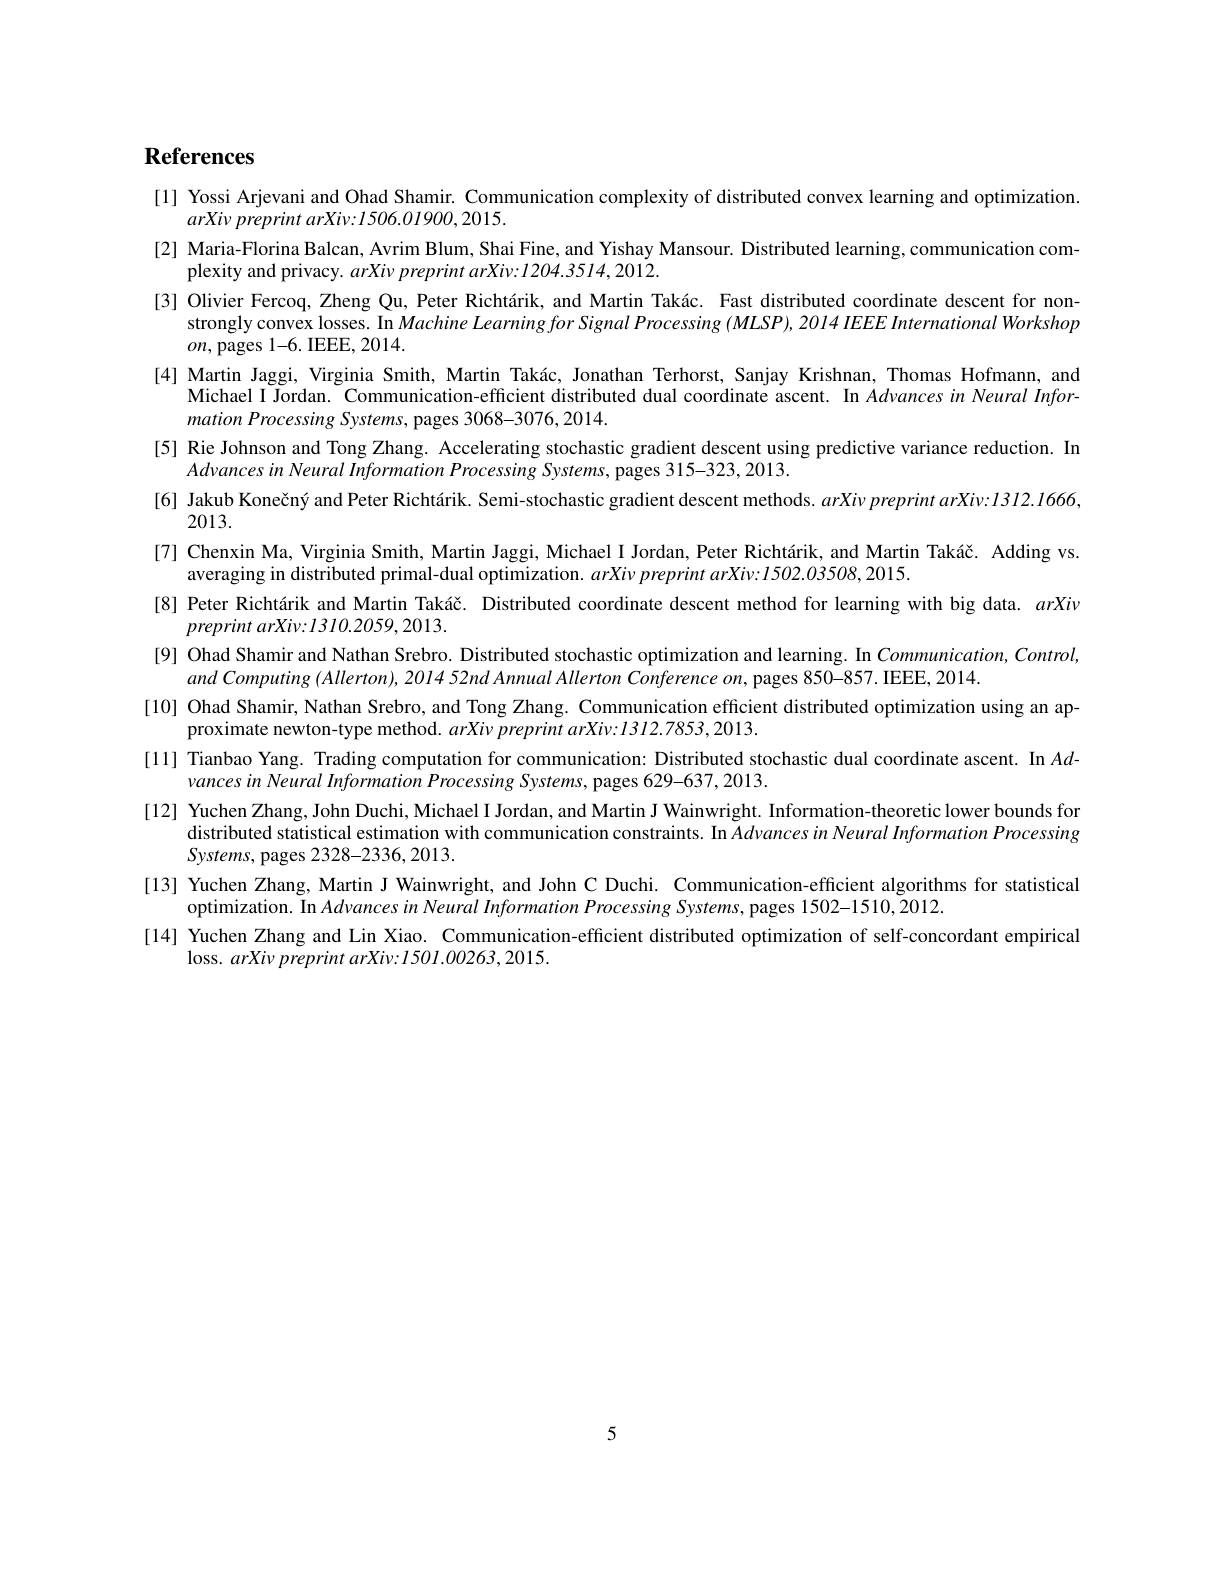
# References

[1] Yossi Arjevani and Ohad Shamir. Communication complexity of distributed convex learning and optimization.
$arXivpreprintarXiv:1506.01900,2015.$
[2] Maria-Florina Balcan, Avrim Blum, Shai Fine, and Yishay Mansour. Distributed learning, communication com-
plexity and privacy. $arXi\nu \textit{ preprint arXiv: 1204. 3514, 2012. }$
[3] Olivier Fercoq, Zheng Qu, Peter Richtárik, and Martin Takác. Fast distributed coordinate descent for non-
strongly convex losses. In Machine Learning for Signal Processing $(MLSP),2014$ IEEE International Workshop
$on$, pages 1-6. IEEE, 2014.
[4] Martin Jaggi, Virginia Smith, Martin Takác, Jonathan Terhorst, Sanjay Krishnan, Thomas Hofmann, and
Michael I Jordan. Communication-efficient distributed dual coordinate ascent. In Advances in Neural Infor-
mation Processing Systems, pages 3068-3076,2014.
[5] Rie Johnson and Tong Zhang. Accelerating stochastic gradient descent using predictive variance reduction. In
$AdvancesinNeuralInformationProcessingSystems$,pages 315-323,2013.
[6] Jakub Konečný and Peter Richtárik. Semi-stochastic gradient descent methods. $arXi\nu preprintarXiv:1312.1666$,
2013.
[7] Chenxin Ma, Virginia Smith, Martin Jaggi, Michael I Jordan, Peter Richtárik, and Martin Takáč. Adding vs.
averaging in distributed primal-dual optimization. $arXi\nu preprint$ arXiv:1502.03508,2015.
[8] Peter Richtárik and Martin Takáč. Distributed coordinate descent method for learning with big data. arXiv
preprint $arXiv: 1310. 2059, 2013.$
[9] Ohad Shamir and Nathan Srebro. Distributed stochastic optimization and learning. In Communication, Control,
and Computing $( Allerton) , 2014$ $52nd$ Annual Allerton Conference $on$, pages 850-857.IEEE, 2014.
[10] Ohad Shamir, Nathan Srebro, and Tong Zhang. Communication efficient distributed optimization using an ap-
proximate newton-type method. $arXi\nu preprintarXiv{:}1312.7853,2013.$
[11] Tianbao Yang. Trading computation for communication: Distributed stochastic dual coordinate ascent. In $Ad-$
vances in Neural Information Processing Systems, pages 629-637, 2013.
[12] Yuchen Zhang, John Duchi, Michael I Jordan, and Martin J Wainwright. Information-theoretic lower bounds for
distributed statistical estimation with communication constraints. In Advancesin Neural Information Processing
$Systems$, pages 2328-2336,2013.
[13] Yuchen Zhang, Martin J Wainwright, and John C Duchi. Communication-efficient algorithms for statistical
optimization. In AdvancesinNeural Information Processing Systems, pages 1502-1510,2012.
[14] Yuchen Zhang and Lin Xiao. Communication-efficient distributed optimization of self-concordant empirical
loss.  arXiv preprint $arXiv: 1501. 00263, 2015.$

5